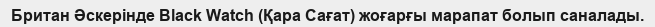
Британ Әскерінде Black Watch (Қара Сағат) жоғарғы марапат болып саналады.